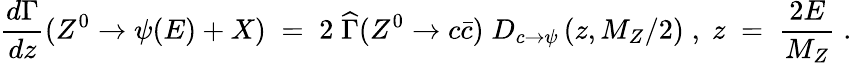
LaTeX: {{\frac{d\Gamma}{dz}}(Z^{0}\rightarrow\psi(E)+X)\; =\; 2\; {\widehat\Gamma}(Z^{0}\rightarrow c{\bar{c}})\; D_{c\rightarrow\psi}\left(z,M_{Z}/2\right)\; ,\; z\; =\; {\frac{2E}{M_{Z}}}\; .}